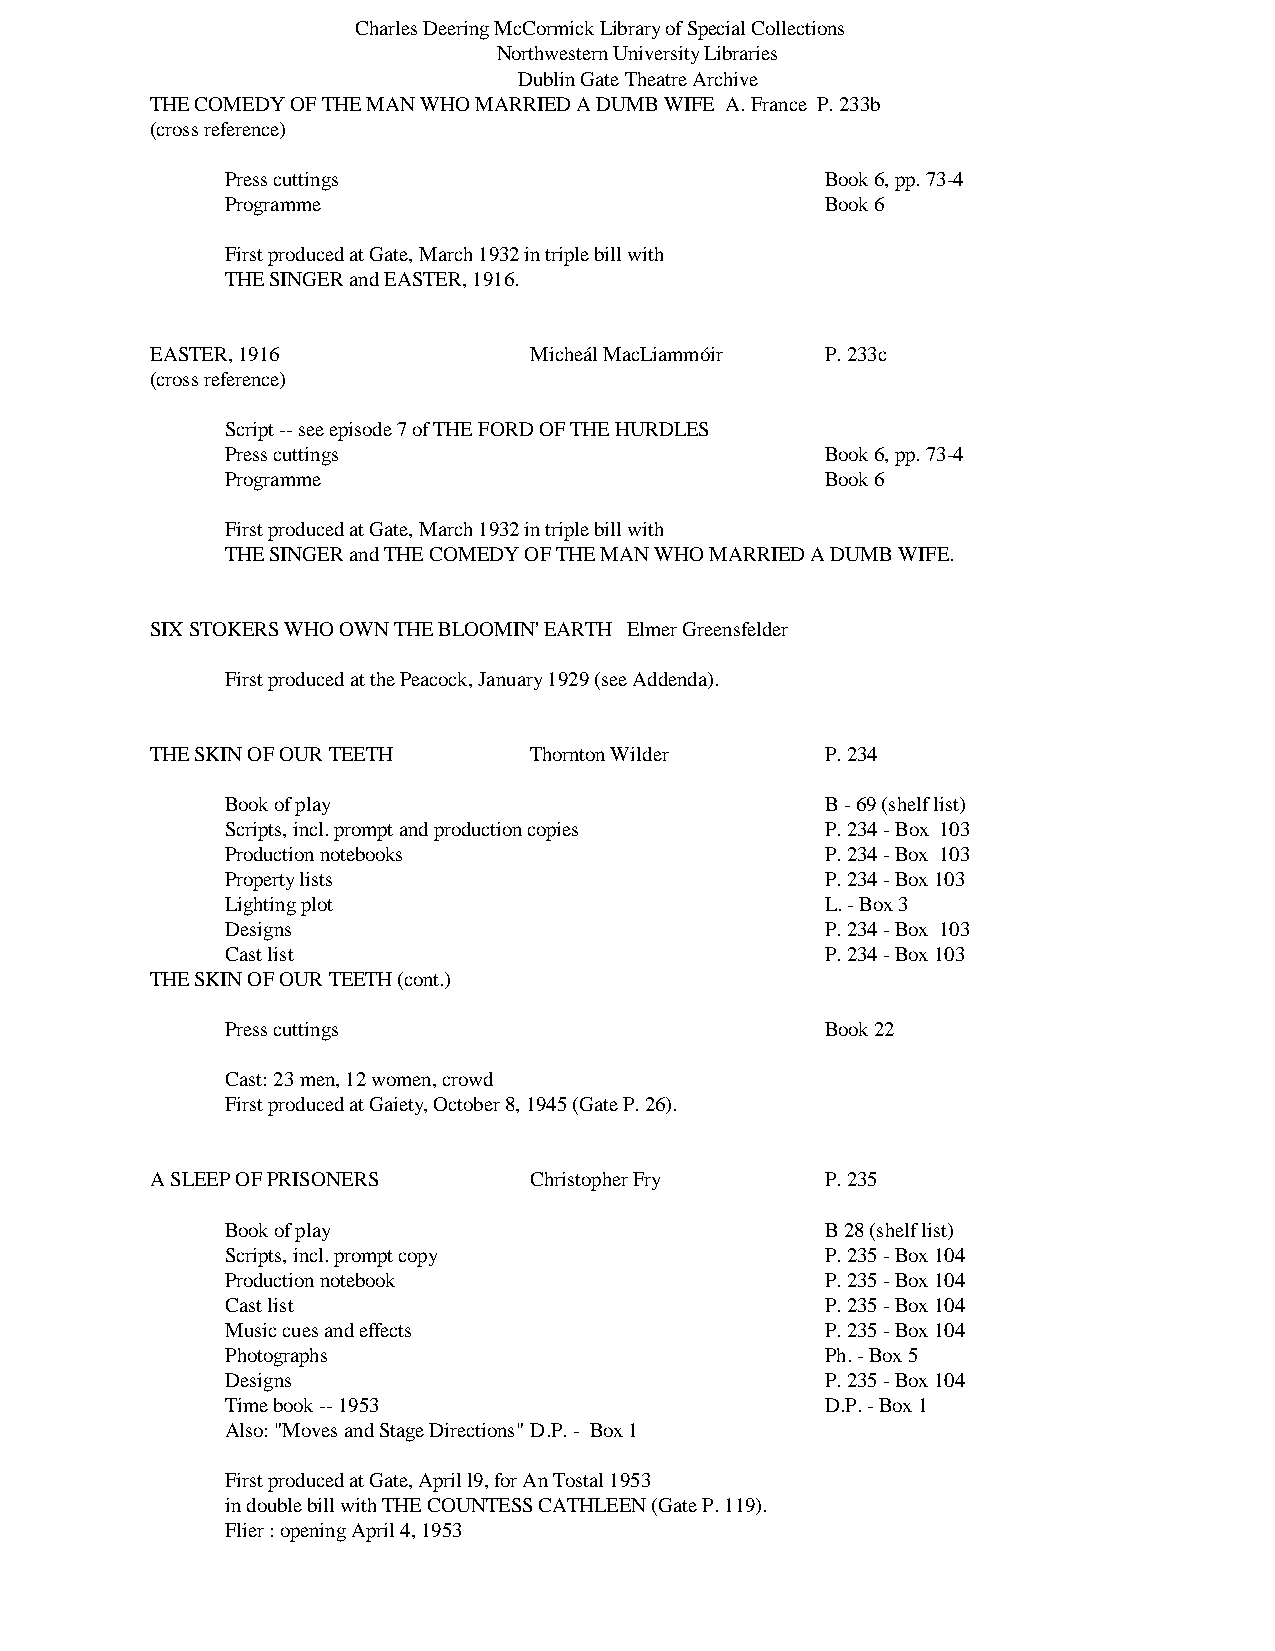
Charles Deering McCormick Library of Special Collections
 Northwestern University Libraries
 Dublin Gate Theatre Archive
 THE COMEDY OF THE MAN WHO MARRIED A DUMB WIFE A. France P. 233b
 (cross reference)
 Press cuttings                          Book 6, pp. 73-4
 Programme                               Book 6
 First produced at Gate, March 1932 in triple bill with
 THE SINGER and EASTER, 1916.
 EASTER, 1916             Micheál MacLiammóir P. 233c
 (cross reference)
 Script -- see episode 7 of THE FORD OF THE HURDLES
 Press cuttings                          Book 6, pp. 73-4
 Programme                               Book 6
 First produced at Gate, March 1932 in triple bill with
 THE SINGER and THE COMEDY OF THE MAN WHO MARRIED A DUMB WIFE.
 SIX STOKERS WHO OWN THE BLOOMIN' EARTH Elmer Greensfelder
 First produced at the Peacock, January 1929 (see Addenda).
 THE SKIN OF OUR TEETH    Thornton Wilder     P. 234
 Book of play                            B - 69 (shelf list)
 Scripts, incl. prompt and production copies P. 234 - Box 103
 Production notebooks                    P. 234 - Box 103
 Property lists                          P. 234 - Box 103
 Lighting plot                           L. - Box 3
 Designs                                 P. 234 - Box 103
 Cast list                               P. 234 - Box 103
 THE SKIN OF OUR TEETH (cont.)
 Press cuttings                          Book 22
 Cast: 23 men, 12 women, crowd
 First produced at Gaiety, October 8, 1945 (Gate P. 26).
 A SLEEP OF PRISONERS     Christopher Fry     P. 235
 Book of play                            B 28 (shelf list)
 Scripts, incl. prompt copy              P. 235 - Box 104
 Production notebook                     P. 235 - Box 104
 Cast list                               P. 235 - Box 104
 Music cues and effects                  P. 235 - Box 104
 Photographs                             Ph. - Box 5
 Designs                                 P. 235 - Box 104
 Time book -- 1953                       D.P. - Box 1
 Also: "Moves and Stage Directions" D.P. - Box 1
 First produced at Gate, April l9, for An Tostal 1953
 in double bill with THE COUNTESS CATHLEEN (Gate P. 119).
 Flier : opening April 4, 1953